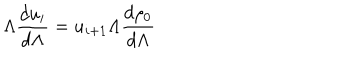
\Lambda \frac { d u _ { i } } { d \Lambda } = u _ { i + 1 } \Lambda \frac { d \rho _ { 0 } } { d \Lambda }